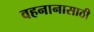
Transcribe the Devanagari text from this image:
वहनानासाठी